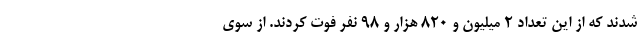
شدند که از این تعداد ۲ میلیون و ۸۲۰ هزار و ۹۸ نفر فوت کردند. از سوی